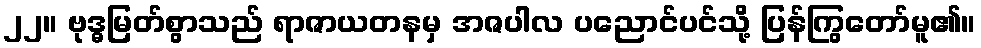
၂၂။ ဗုဒ္ဓမြတ်စွာသည် ရာဇာယတနမှ အဇပါလ ပညောင်ပင်သို့ ပြန်ကြွတော်မူ၏။